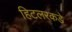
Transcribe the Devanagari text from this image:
हिटलरकडे